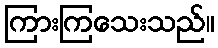
ကြားကြသေးသည်။